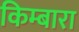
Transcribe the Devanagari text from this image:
किम्बारा